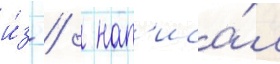
и́з   нап'иса́л